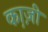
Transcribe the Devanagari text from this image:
का़ज़ी